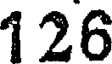
126